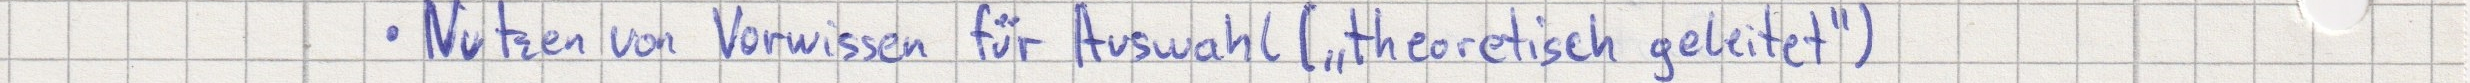
- Nutzen von Vorwissen für Auswahl ("theoretisch geleitet")